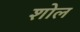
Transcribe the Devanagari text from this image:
शोल